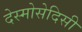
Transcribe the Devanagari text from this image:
देस्मोसेदिसी